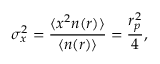
\sigma _ { x } ^ { 2 } = \frac { \langle x ^ { 2 } n ( r ) \rangle } { \langle n ( r ) \rangle } = \frac { r _ { p } ^ { 2 } } { 4 } ,